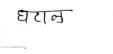
मजकूर: घटाल